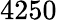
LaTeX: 4250